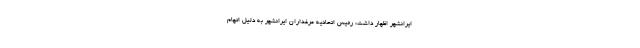
ایرانشهر اظهار داشت: رئیس اتحادیه مرغداران ایرانشهر به دلیل اتهام